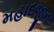
મહાદજીના